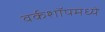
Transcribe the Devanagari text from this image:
वर्कशॉपमध्ये